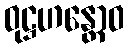
ဝုဋ္ဌဟန္တောဝ